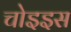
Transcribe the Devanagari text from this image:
चोइइस